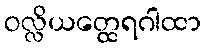
ဝလ္လိယတ္ထေရဂါထာ